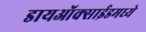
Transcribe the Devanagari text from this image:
डायऑक्साईडमध्ये